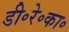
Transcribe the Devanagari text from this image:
डी॰रे॰का॰